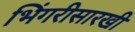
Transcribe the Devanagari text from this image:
भिंगरीसारखी